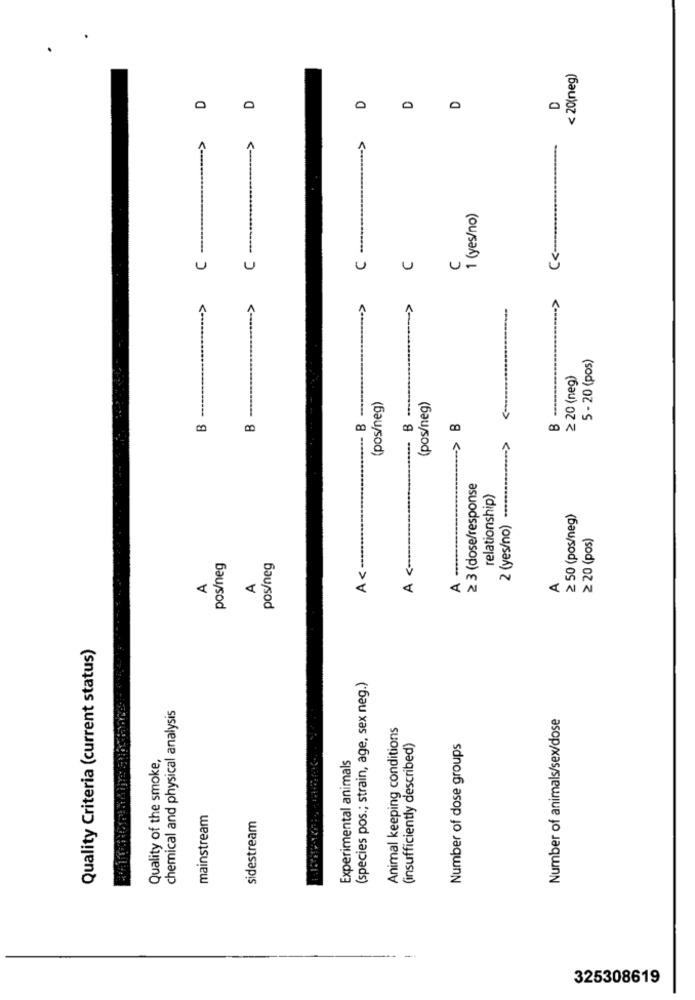
< 20(neg)
D
0
0
0
0
C -..................--- >
..--- >
---- >
1 (yes/no)
C --
C
C
U
........ >
....-- >
5 - 20 (pos)
≥ 20 (neg)
-----
B -
(pos/neg)
- B ---
(pos/neg)
B
---- > B
B
≥ 3 (dose/response
relationship)
2 (yes/no) ....
≥ 50 (pos/neg)
≥ 20 (pos)
A <-.....
pos/neg
pos/neg
A <
A
A
A
Quality Criteria (current status)
(species pos .; strain, age, sex neg.)
chemical and physical analysis
Number of animals/sex/dose
Animal keeping conditions
(insufficiently described)
Number of dose groups
Quality of the smoke,
Experimental animals
mainstream
sidestream
325308619